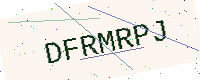
Text: DFRMRPJ